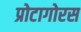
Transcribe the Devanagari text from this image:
प्रोटागोरस